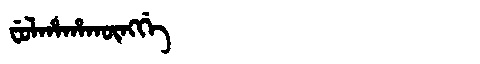
Manchu: ᠸᡠᠯᡥᠠᡥᠠᡴᡡᠩᡤᡝ
Romanization: FULHAHAKŪNGGE